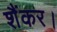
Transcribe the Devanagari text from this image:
शैंकर।